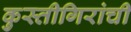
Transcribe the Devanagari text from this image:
कुस्तीगिरांची